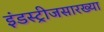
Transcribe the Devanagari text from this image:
इंडस्ट्रीजसारख्या